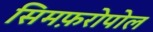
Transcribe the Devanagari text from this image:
सिमफ़रोपोल